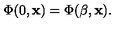
\Phi ( 0 , { \bf x } ) = \Phi ( \beta , { \bf x } ) .